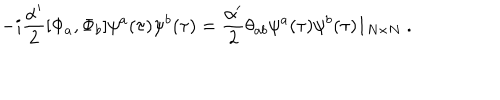
- i \frac { \alpha ^ { \prime } } { 2 } [ \Phi _ { a } , \Phi _ { b } ] \psi ^ { a } ( \tau ) \psi ^ { b } ( \tau ) = \frac { \alpha ^ { \prime } } { 2 } \theta _ { a b } \psi ^ { a } ( \tau ) \psi ^ { b } ( \tau ) 1 _ { N \times N } \ .